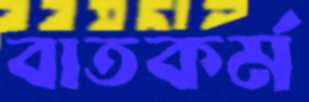
বাতকর্ম